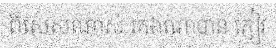
ពិសេសណាស់ រកឯណាបាន ភ្ញៀវ